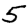
Digit: 5